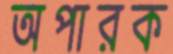
অপারক